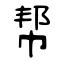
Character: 帮